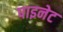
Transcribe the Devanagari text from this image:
पाइनेट